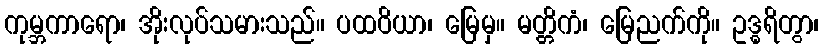
ကုမ္ဘကာရော၊ အိုးလုပ်သမားသည်။ ပထဝိယာ၊ မြေမှ။ မတ္တိကံ၊ မြေညက်ကို။ ဥဒ္ဓရိတွာ၊